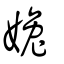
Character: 婏